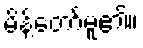
မိန့်တော်မူ၏။